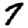
Digit: 7